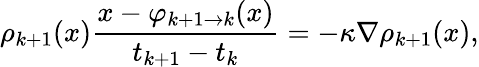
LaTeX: \rho_{k+1}(x)\frac{x-\varphi_{k+1\to k}(x)}{t_{k+1}-t_{k}}=-\kappa\nabla\rho_{k+1}(x),